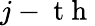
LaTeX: j-\mathrm{~t~h~}